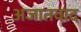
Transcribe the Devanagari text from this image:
अजातवाद